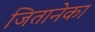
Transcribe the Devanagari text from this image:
जितानेका